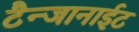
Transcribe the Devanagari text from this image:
टैन्जानाईट